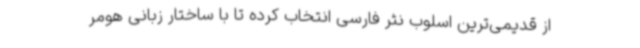
از قدیمی‌ترین اسلوب نثر فارسی انتخاب کرده تا با ساختار زبانی هومر